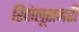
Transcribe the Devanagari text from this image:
रिवोलूशनरी